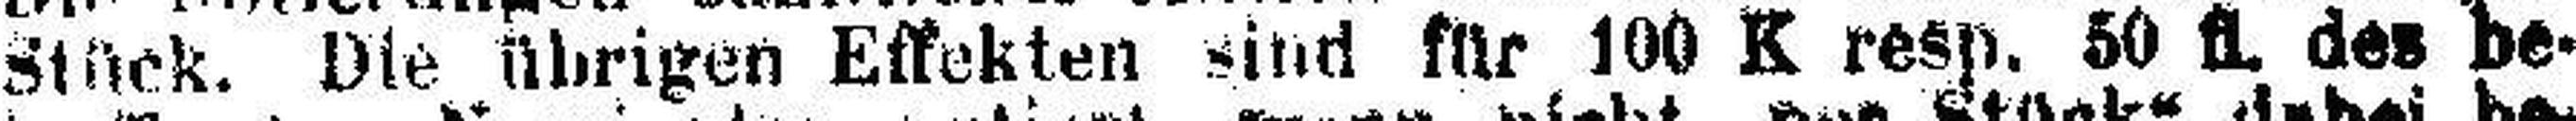
Stück. Die übrigen Effekten sind für 100 K resp. 50 fl. des be¬